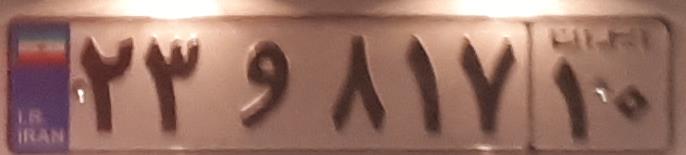
۲۳و۸۱۷۱۰